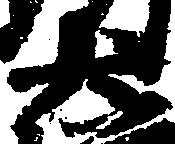
大